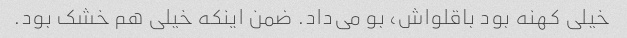
خیلی کهنه بود باقلواش، بو می‌داد. ضمن اینکه خیلی هم خشک بود.